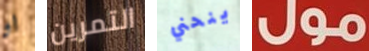
او التمرين ينحني مول